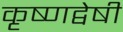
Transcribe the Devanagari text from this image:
कृष्णद्वेषी